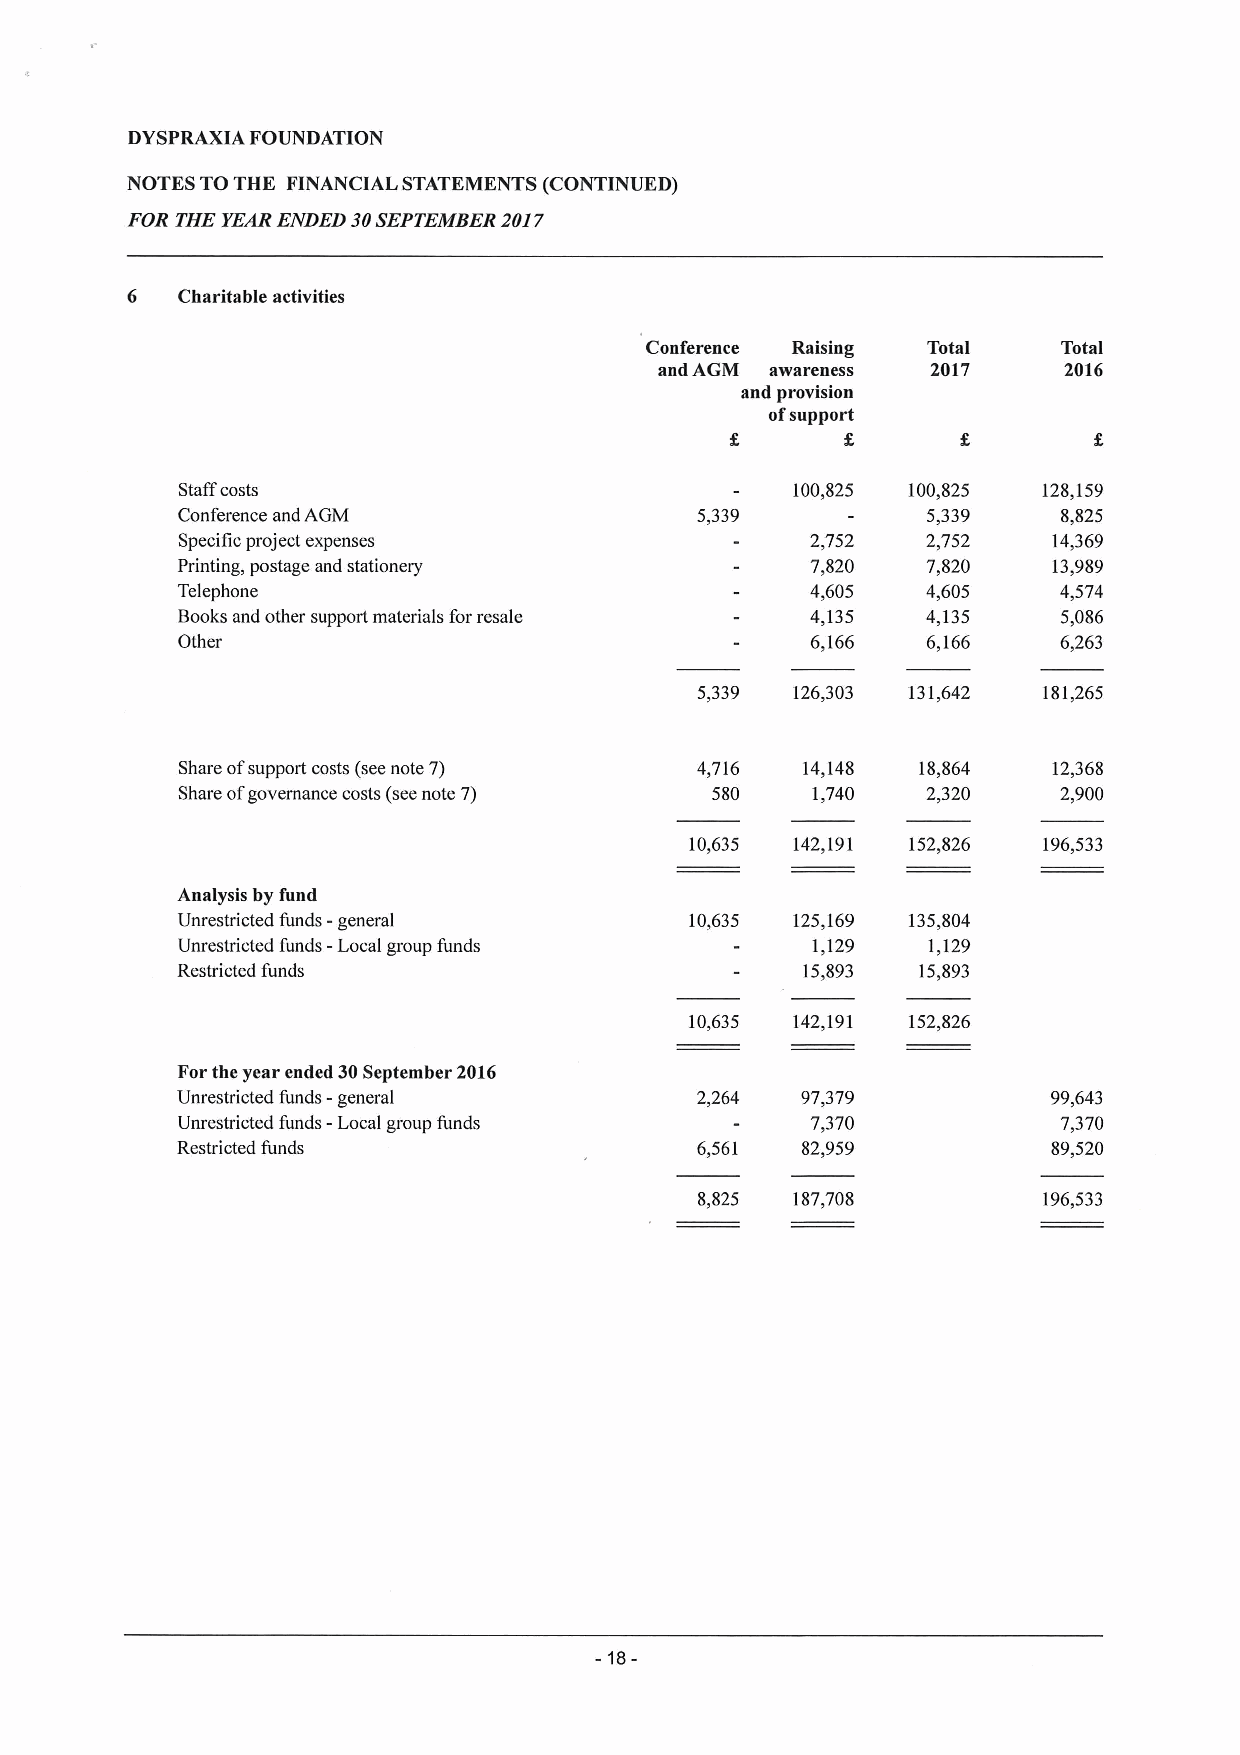
DYSPRAXIA FOUNDATION
 NOTES TOTHE FINANCIAL STATEMENTS (CONTINUED)
 FOR THE YEARENDED 30SEPTEMBER2017
 6   Charitable activities
 Conference Raising Total   Total
 and AGM awareness 2017    2016
 and provision
 ofsupport
 Staffcosts                              100,825 100,825  128,159
 Conference and AGM                5,339          5,339    8,825
 Specific project expenses                 2,752  2,752    14,369
 Printing, postage and stationery          7,820  7,820    13,989
 Telephone                                 4,605  4,605    4,574
 Books and other support materials forresale 4,135 4,135   5,086
 Other                                     6,166  6,166    6,263
 5,339  126,303 131,642 181,265
 Share ofsupport costs (seenote 7) 4,716  14,148  18,864   12,368
 Share ofgovernance costs (seenote 7) 580  1,740  2,320    2,900
 10,635 142,191 152,826 196,533
 Analysis by fund
 Unrestricted funds - general      10,635 125,169 135,804
 Unrestricted funds -Local group funds     1,129  1,129
 Restricted funds                         15,893  15,893
 10,635 142,191 152,826
 Forthe year ended 30September 2016
 Unrestricted funds -general       2,264  97,379           99,643
 Unrestricted funds -Local group funds     7,370           7,370
 Restricted funds                  6,561  82,959           89,520
 8,825  187,708         196,533
 -18-